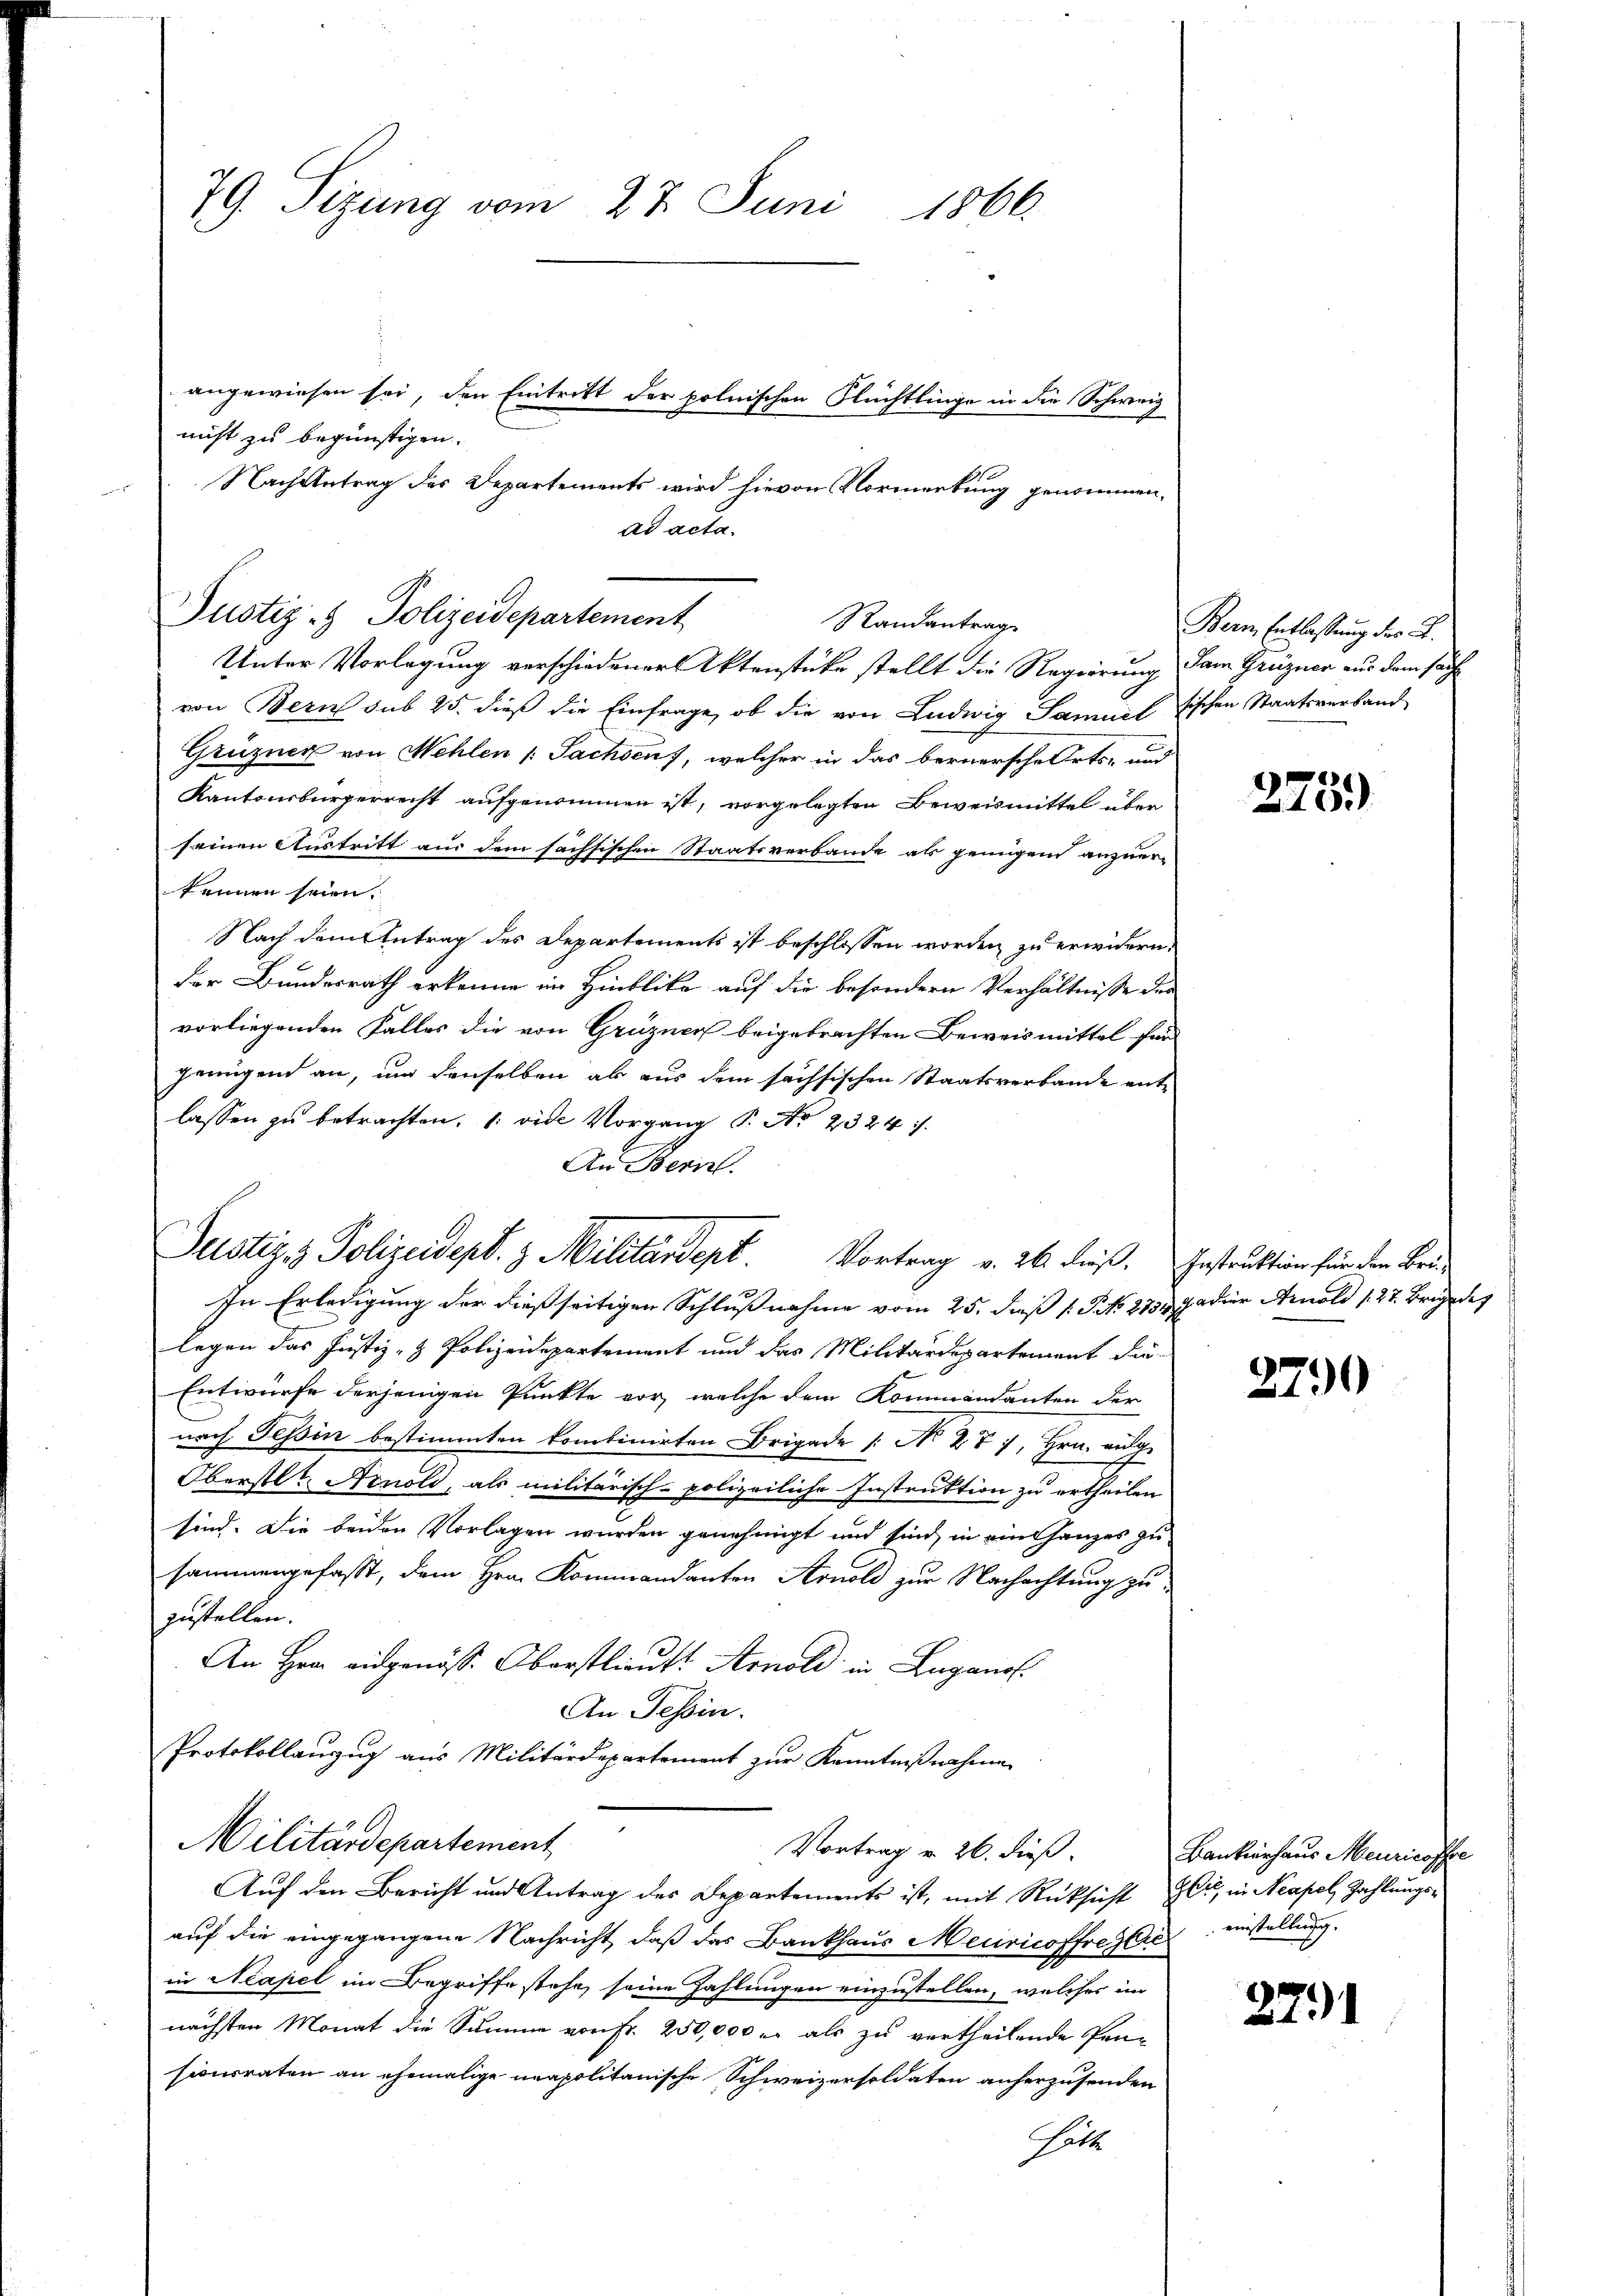
79. Sizung vom 27. Juni 1866.
angewiesen sei, den Eintritt der polnischen Flüchtlinge in die Schweiz
nicht zu begünstigen.

Nach Antrag des Departements wird hievon Vormerkung genommen,
ad acta.
Unter Vorlegung verschiedener Aktenstücke stellt die Regierung dam Grüznen aus dem sache
von Bern sub 25. dieß die Einfrage, ob die von Ludwig Samuel Tischen Staatsverband
Grüzner von Mehlen (: Sachsen, welcher in das bernersche Orts- und
Kantonsbürgerrecht aufgenommen ist, vorgelegten Beweismittel über
seinen Austritt aus dem sachsischen Staatsverbande als genügend anzuerkennen seien.
Nach dem Antrag des Departements ist beschlossen worden zu erwidern.
der Bundesrath erkenne im Hinblika auf die besondern Verhältnisse der
vorliegenden Falles die von Grüzner beigebrachten Beweismittel für
jenügend an, und denselben ab aus dem sächsischen Staatsverbande entlassen zu betrachten, u. vide Vorgang P. Nr. 2324.
An Bern
In Erledigung der dießseitigen Schlußnahme vom 25. dieß 1 Frk. 2734. 7. der Arnold (27. Brige des
legen das Justiz- & Polizeidepartement und das Militärdepartement die-
Entwurfe derjenigen Punkte vor, welche dem Kommandanten der
nach Tessin bestimmten kombinirten Brigade /: No 277, Hrn. Fulge
Oberstl. Arnold, als militärisch-polizeiliche Instruktion zu ertheilen
sind. Die beiden Vorlagen wurden genehmigt und sind, in ein Ganzes zusammengefasst, dem Hrn. Kommandanten Arnold zur Nachachtung zuzustellen.
An Hern eidgenöss. Oberstlieut. Arnold in Lugano.
An Tessin.
Protokollanzug aus Militärdepartement zur Kenntnißnahme
Militärdepartement
Vortrag v. 26. dieß.
Auf den Bericht und Antrag des Departements ist, mit Rücksicht zu, in Neapel Zahlungsauf die eingegangene Nachricht, daß das Bankhaus Meiricoffrezere einstellung
in Neapel im Begriffe stehe, seine Zahlungen einzustellen, welches im
nächsten Monat die Summe von Fr. 250,000 r. als zu vertheilende Pen-
sionsraten an ehemalige napolitanische Schweizersoldaten anherzusenden
Gatt

Justiz- & Polizeidepartement

Justiz & Polizeidept. 3 Militärdept. Vortrag v. 26. dieß. Instruktion für den Brei¬

Randantrag

Bern Entlassung des L.

Bankierhaus Meuricoffe

278.)

2790

271